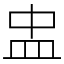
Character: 盅